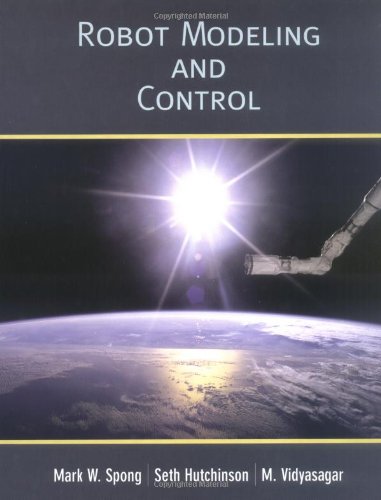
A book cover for Robot Modeling and Control; Mark W. Spong; Computers & Technology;